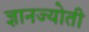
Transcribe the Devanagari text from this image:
ज्ञानज्योती